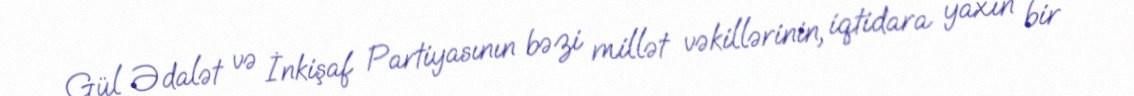
Gül Ədalət və İnkişaf Partiyasının bəzi millət vəkillərinin, iqtidara yaxın bir